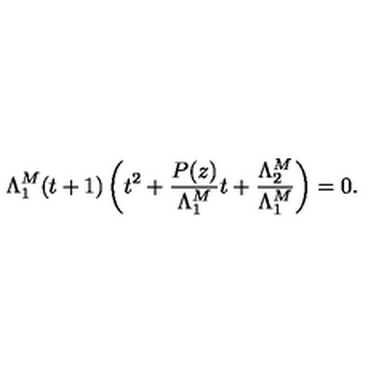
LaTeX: \Lambda _ { 1 } ^ { M } ( t + 1 ) \left( t ^ { 2 } + \frac { P ( z ) } { \Lambda _ { 1 } ^ { M } } t + \frac { \Lambda _ { 2 } ^ { M } } { \Lambda _ { 1 } ^ { M } } \right) = 0 .